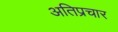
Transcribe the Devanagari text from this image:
अतिप्रचार